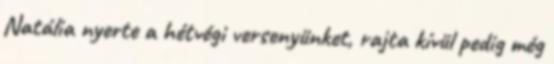
Natália nyerte a hétvégi versenyünket, rajta kívül pedig még